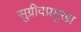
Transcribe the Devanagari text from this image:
सुग्रीवप्रमुखा